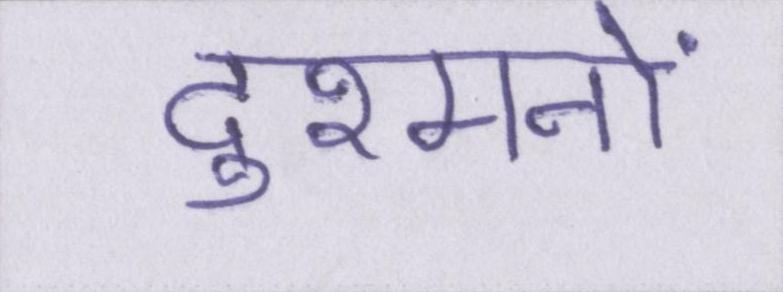
दुश्मनों